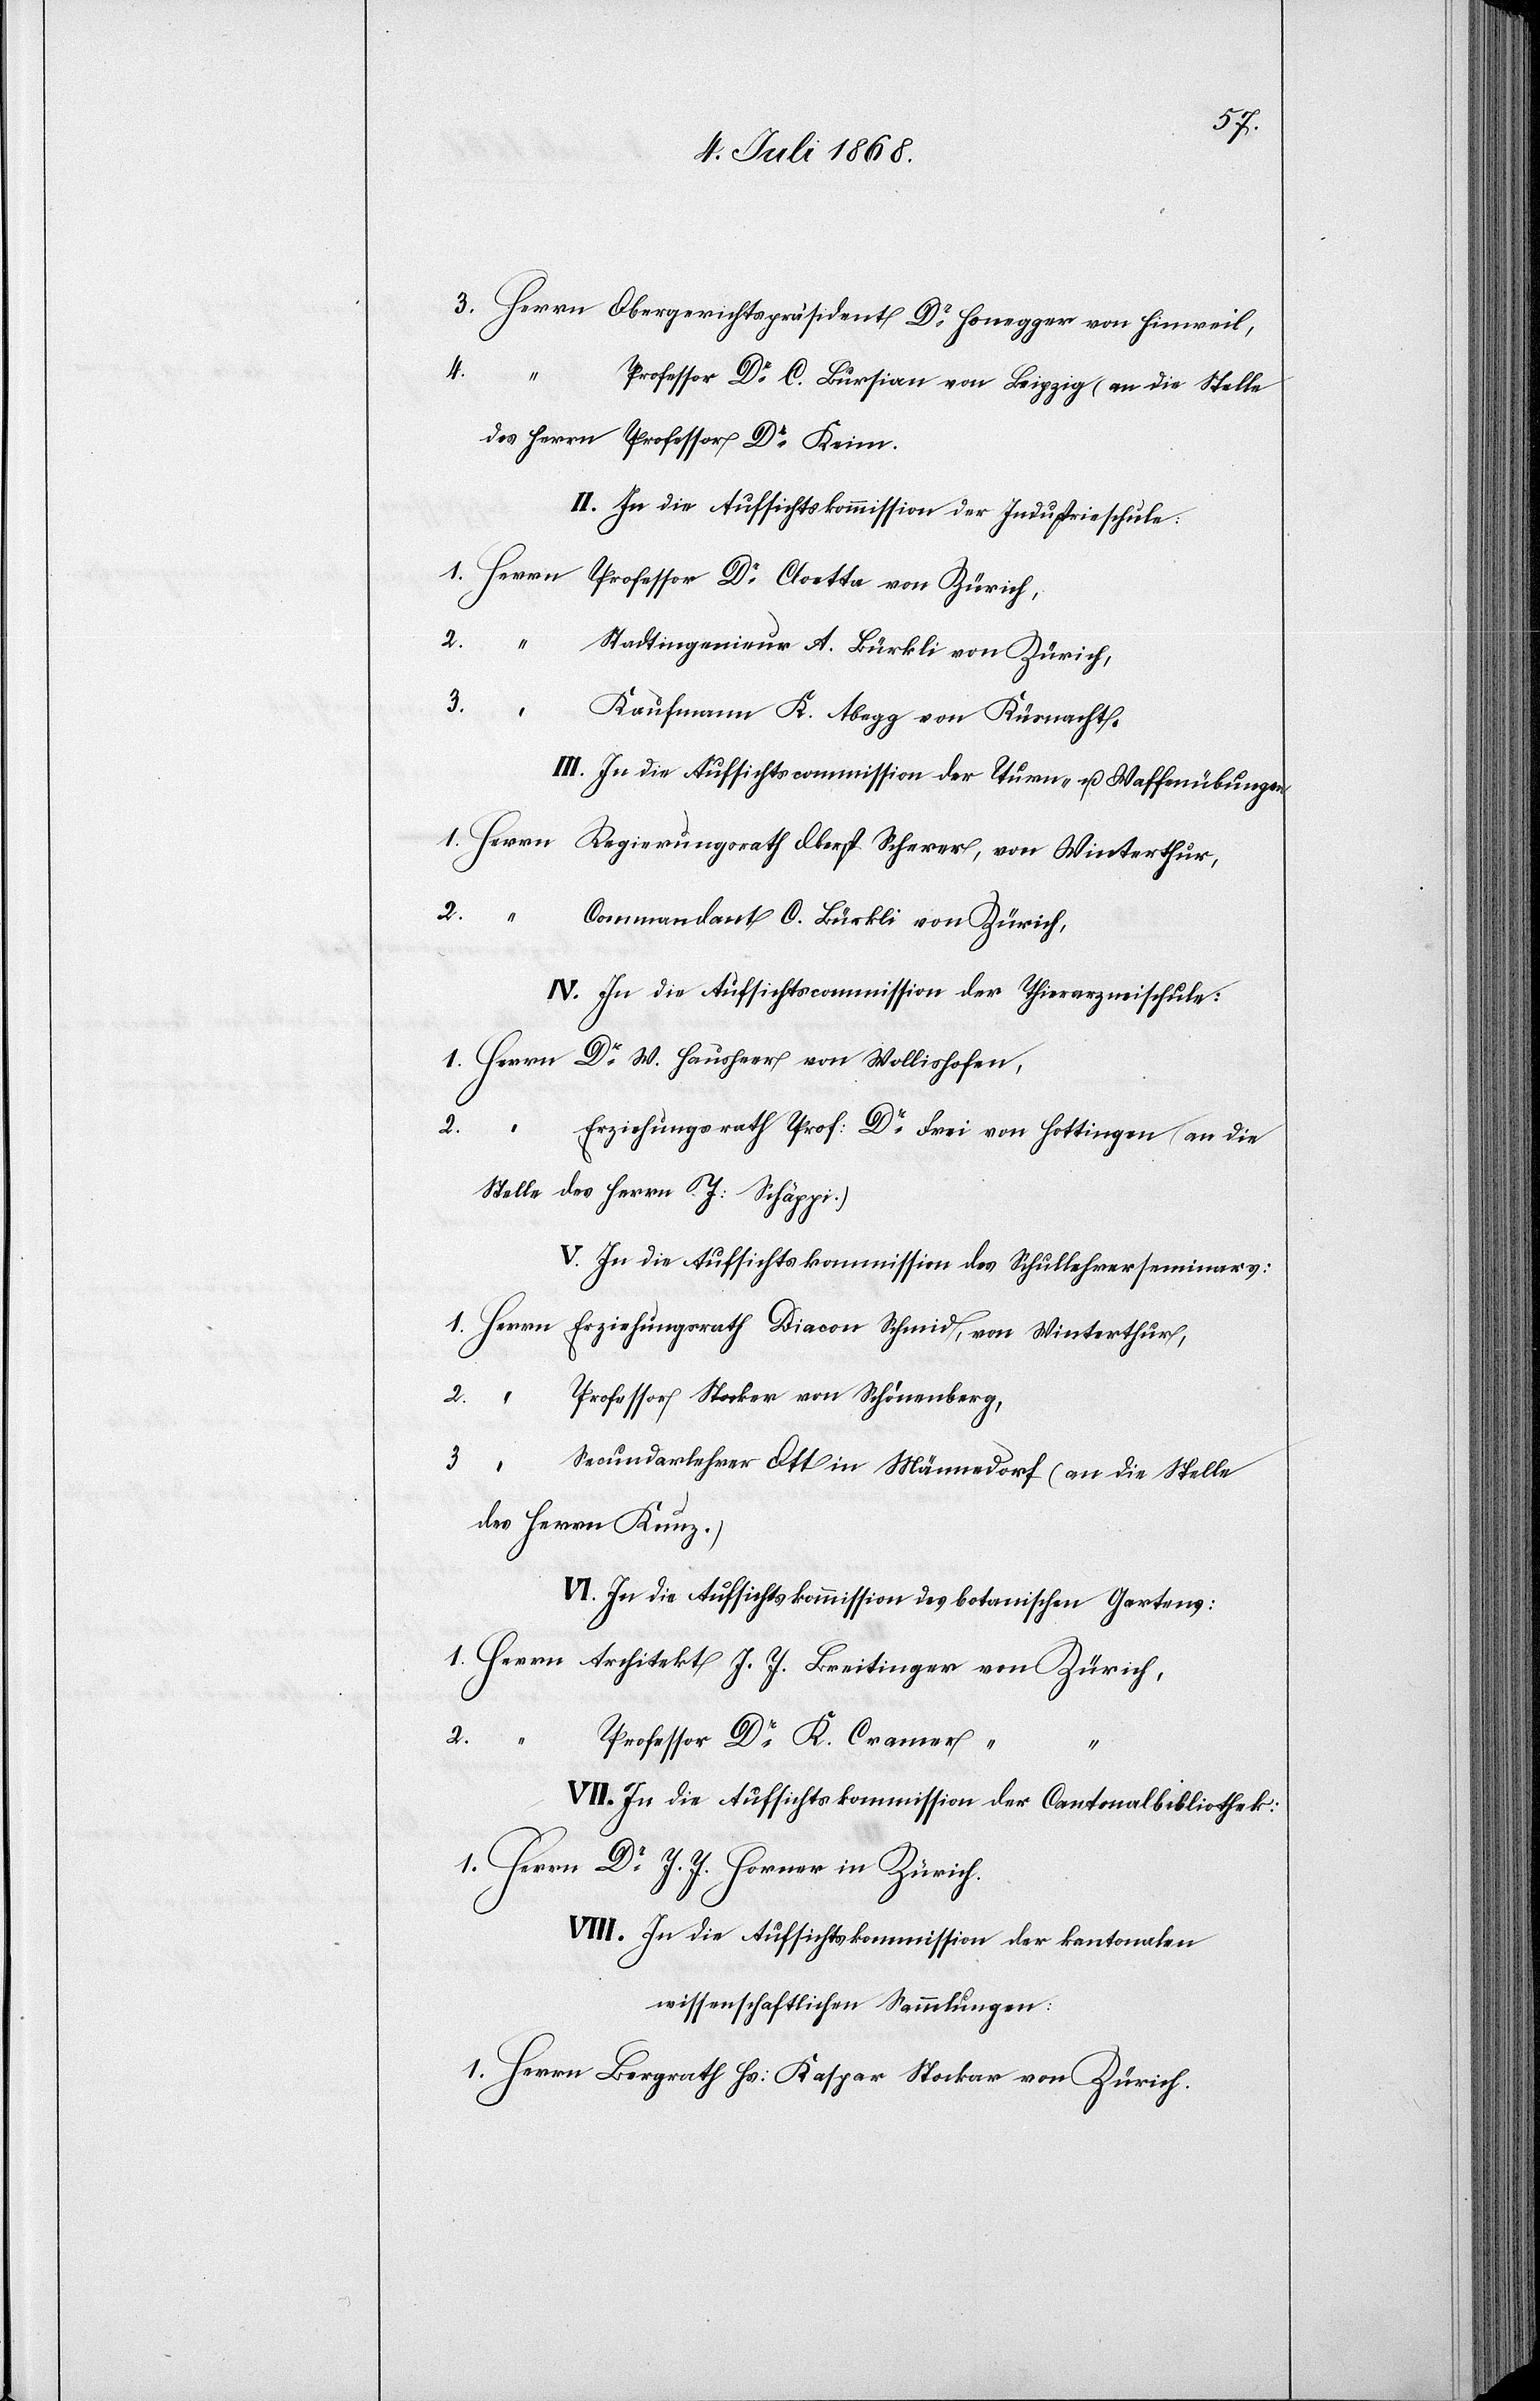
3. Herrn Obergerichtspräsident Dr Honegger von Hinweil,
4.
Professor Dr C. Bursian von Leipzig (an die Stelle
des Herrn Professor Dr Kei¬
II. In die Aufsichtskommission der Industrieschule:
1. Herrn Professor Dr Cloetta von Zürich,
2.
Stadtingenieur A. Bürkli von Zürich,
3.
“
Kaufmann K. Abegg von Küsnacht.
III. In die Aufsichtscommission der Turn- u. Waffenübungen
1. Herrn Regierungsrath Oberst Scherer, von Winterthur,
2.
Commandant C. Bürkli von Zürich,
IV. In die Aufsichtscommission der Thierarzneischule:
1. Herrn Dr W. Hausheer von Wollishofen,
2.
Erziehungsrath Prof: Dr Frei von Hottingen (an die
Stelle des Herrn J: Schäppi.)
V. In die Aufsichtskommission des Schullehrerseminars:
1. Herrn Erziehungsrath Diacon Schmid, von Winterthur,
2.
Professor Stocker von Schönenberg,
3. “
Secundarlehrer Ott in Männedorf (an die Stelle
des Herrn Kunz.)
VI. In die Aufsichtskommission des botanischen Gartens:
1. Herrn Architekt J. J. Breitinger von Zürich,
2.
“
Professor Dr K. Cramer “
VII. In die Aufsichtskommission der Cantonalbibliothek:
1. Herrn Dr J. J. Horner in Zürich.
VIII. In die Aufsichtskommission der kantonalen
wissenschaftlichen Sammlungen:
1. Herrn Bergrath Hs: Kaspar Stockar von Zürich.